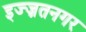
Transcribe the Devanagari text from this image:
इज्ज़तनगर